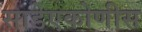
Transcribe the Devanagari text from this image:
साडेएकोणीस